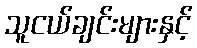
သူငယ်ချင်းများနှင့်